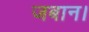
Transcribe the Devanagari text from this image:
जबान।